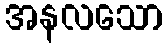
အနလသော